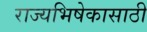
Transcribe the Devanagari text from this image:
राज्यभिषेकासाठी